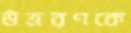
উত্তরণকে